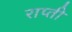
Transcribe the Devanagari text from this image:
राप्‍ती